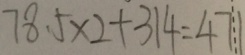
7 8 . 5 \times 2 + 3 1 4 = 4 7 1